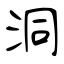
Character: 洞